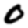
Digit: 0